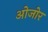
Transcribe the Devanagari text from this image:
ओजोर